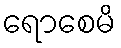
ရောစေမိ